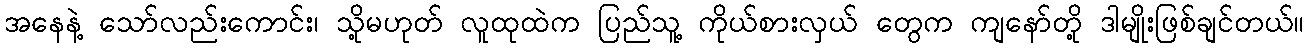
အနေနဲ့ သော်လည်းကောင်း၊ သို့မဟုတ် လူထုထဲက ပြည်သူ့ ကိုယ်စားလှယ် တွေက ကျနော်တို့ ဒါမျိုးဖြစ်ချင်တယ်။